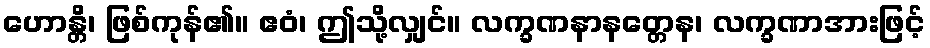
ဟောန္တိ၊ ဖြစ်ကုန်၏။ ဧဝံ၊ ဤသို့လျှင်။ လက္ခဏနာနတ္တေန၊ လက္ခဏာအားဖြင့်